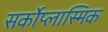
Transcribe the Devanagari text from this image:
सर्कोप्लास्मिक